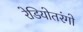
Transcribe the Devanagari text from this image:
रेडियोतरंगो